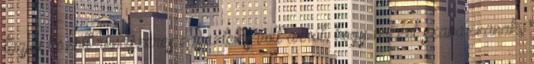
tagjai között rendszeres egyeztetés volt arról, hogy miként szavazzanak,